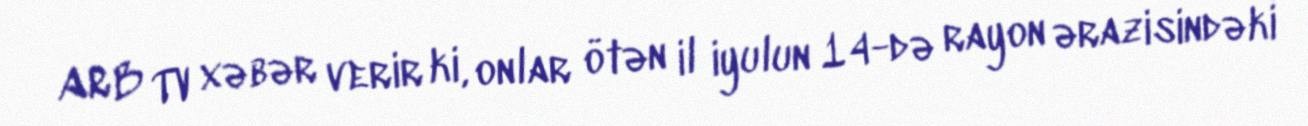
ARB TV xəbər verir ki, onlar ötən il iyulun 14-də rayon ərazisindəki